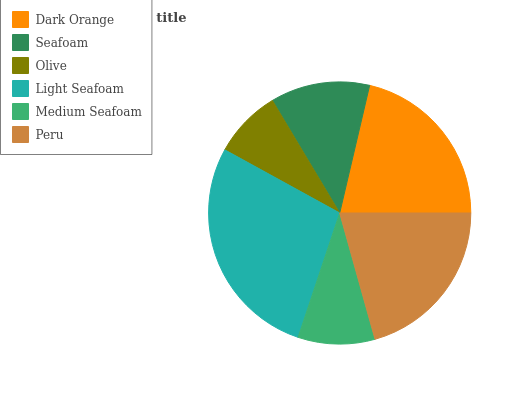
| Dark Orange | Seafoam | Olive | Light Seafoam | Medium Seafoam | Peru |
 | --- | --- | --- | --- | --- | --- |
 | 21.3% | 12.3% | 8.42% | 27.8% | 9.47% | 20.7% |